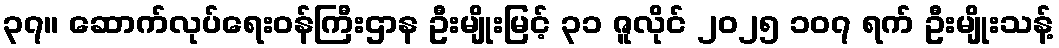
၃၇။ ဆောက်လုပ်ရေးဝန်ကြီးဌာန ဦးမျိုးမြင့် ၃၁ ဇူလိုင် ၂၀၂၅ ၁၀၇ ရက် ဦးမျိုးသန့်